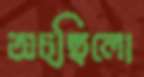
অচ্ছিলো